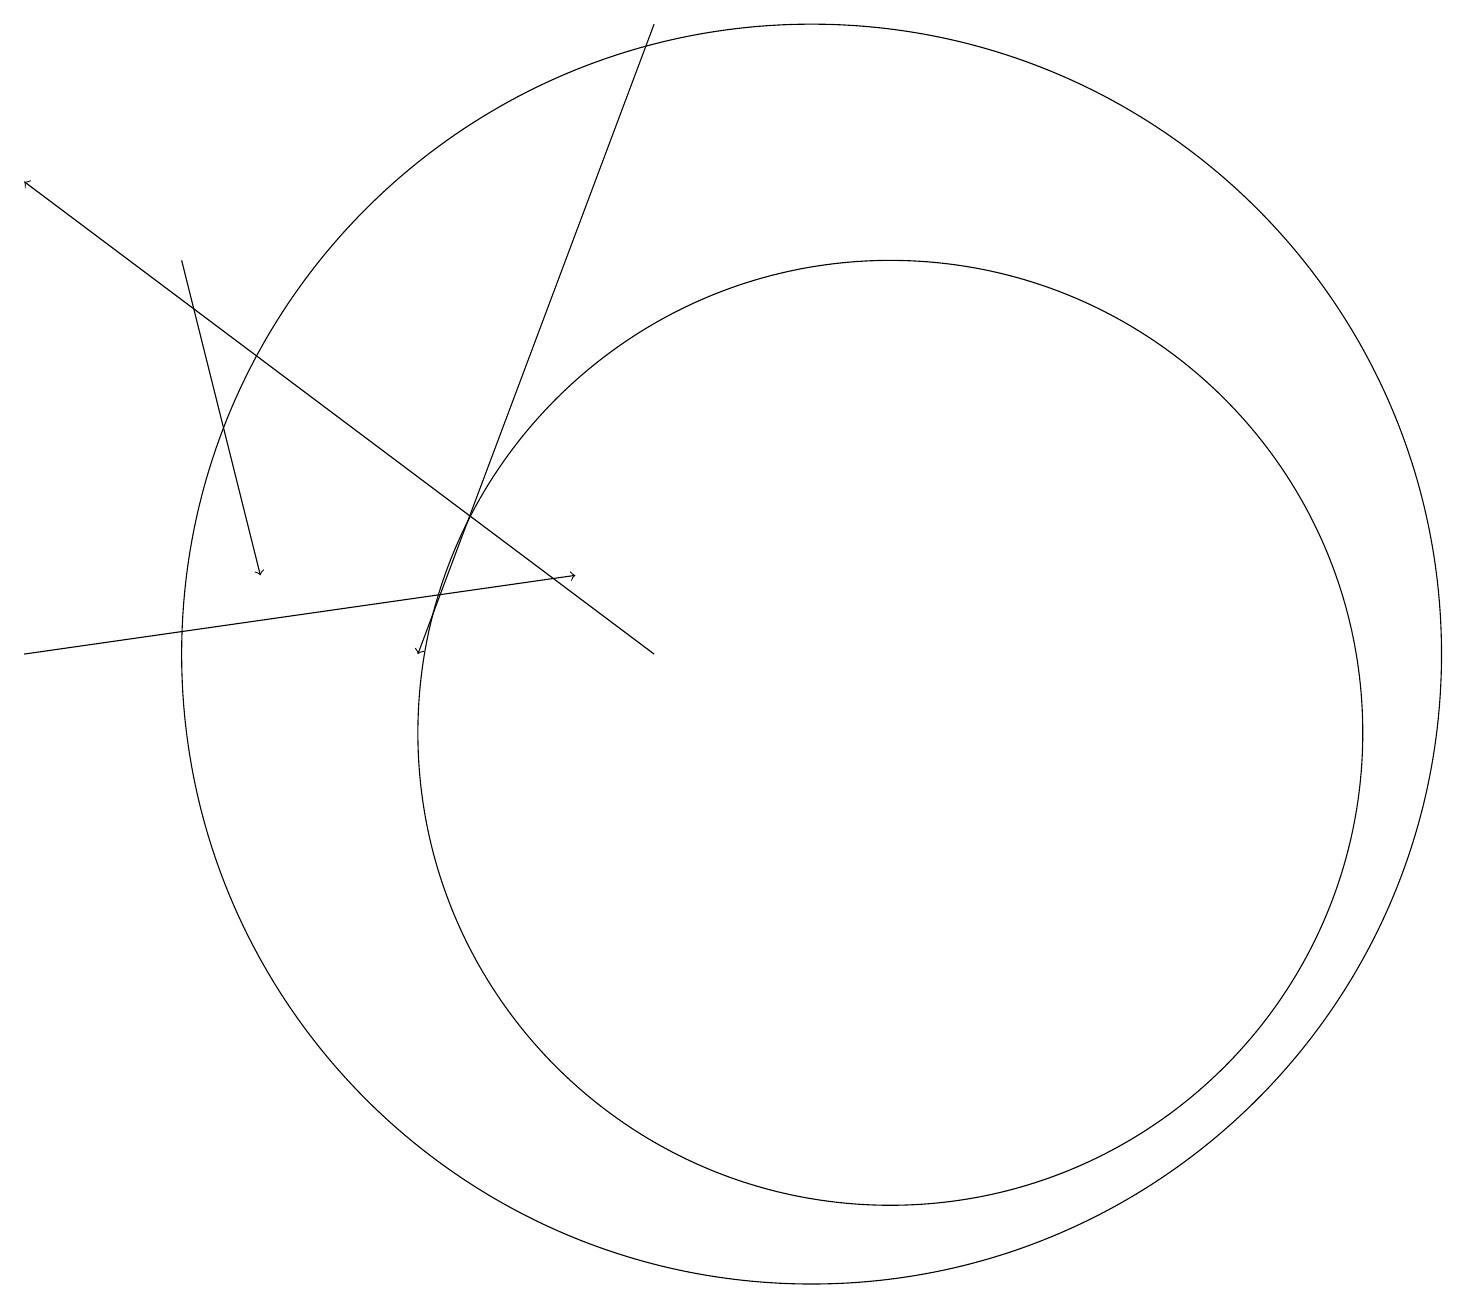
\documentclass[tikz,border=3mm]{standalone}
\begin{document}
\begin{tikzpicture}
\draw (11,11) circle (8);
\draw[->] (3,16) -- (4,12);
\draw[->] (1,11) -- (8,12);
\draw[->] (9,19) -- (6,11);
\draw (12,10) circle (6);
\draw[->] (9,11) -- (1,17);
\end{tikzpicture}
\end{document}